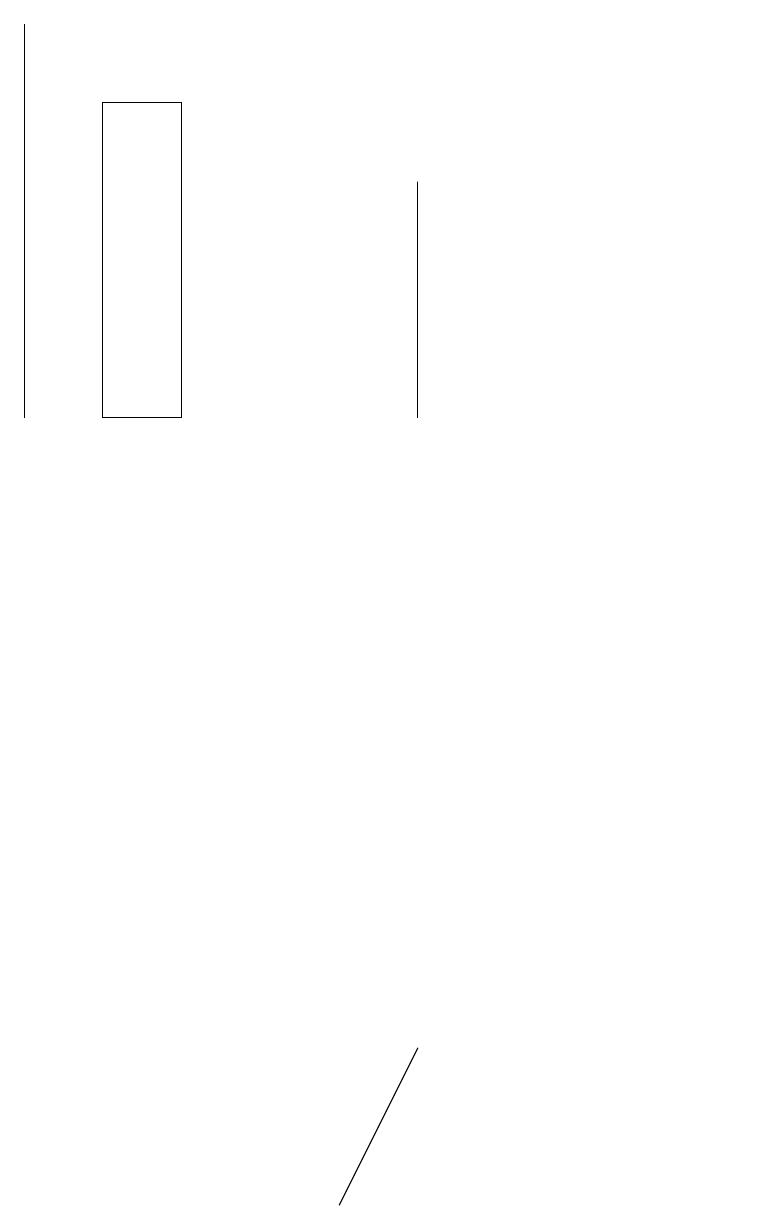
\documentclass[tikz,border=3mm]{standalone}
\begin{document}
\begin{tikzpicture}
\draw (10,10) circle (0);
\draw (1,15) rectangle (1,10);
\draw (5,0) -- (6,2) -- (5,0) -- cycle;
\draw (2,10) rectangle (3,14);
\draw (6,13) rectangle (6,10);
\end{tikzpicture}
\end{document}